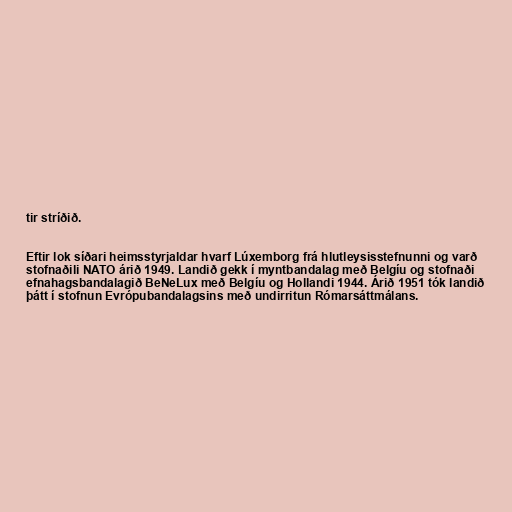
tir stríðið.

Eftir lok síðari heimsstyrjaldar hvarf Lúxemborg frá hlutleysisstefnunni og varð
stofnaðili NATO árið 1949. Landið gekk í myntbandalag með Belgíu og stofnaði
efnahagsbandalagið BeNeLux með Belgíu og Hollandi 1944. Árið 1951 tók landið
þátt í stofnun Evrópubandalagsins með undirritun Rómarsáttmálans.